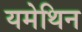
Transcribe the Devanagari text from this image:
यमेथिन